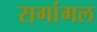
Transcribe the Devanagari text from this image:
रागांगल